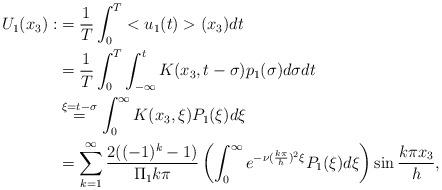
LaTeX: \begin{align*}U_1(x_3):&=\frac{1}{T}\int_{0}^{T}<u_1(t)>(x_3)dt\\&=\frac{1}{T}\int_{0}^{T}\int_{-\infty}^{t}K(x_3,t-\sigma)p_1(\sigma)d\sigma dt\\&\overset{\xi=t-\sigma}{=}\int_{0}^{\infty}K(x_3,\xi)P_1(\xi)d\xi \\&=\sum_{k=1}^{\infty}\frac{2((-1)^k-1)}{\Pi_1 k \pi}\left(\int_{0}^{\infty}e^{-\nu(\frac{k\pi}{h})^2 \xi}P_1(\xi)d\xi \right)\sin\frac{k\pi x_3}{h},\end{align*}